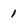
Character: 1